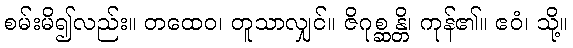
စမ်းမိ၍လည်း။ တထေဝ၊ တူသာလျှင်။ ဇိဂုစ္ဆန္တိ၊ ကုန်၏။ ဧဝံ၊ သို့။